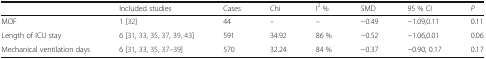
<table><thead><tr><td></td><td><b>Included studies</b></td><td><b>Cases</b></td><td><b>Chi</b></td><td><b>I<sup>2</sup> %</b></td><td><b>SMD</b></td><td><b>95 % CI</b></td><td><b><i>P</i></b></td></tr></thead><tbody><tr><td>MOF</td><td>1 [32]</td><td>44</td><td>–</td><td>–</td><td>−0.49</td><td>−1.09,0.11</td><td>0.11</td></tr><tr><td>Length of ICU stay</td><td>6 [31, 33, 35, 37, 39, 43]</td><td>591</td><td>34.92</td><td>86 %</td><td>−0.52</td><td>−1.06,0.01</td><td>0.06</td></tr><tr><td>Mechanical ventilation days</td><td>6 [31, 33, 35, 37–39]</td><td>570</td><td>32.24</td><td>84 %</td><td>−0.37</td><td>−0.90, 0.17</td><td>0.17</td></tr></tbody></table>